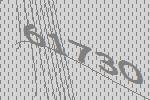
61730